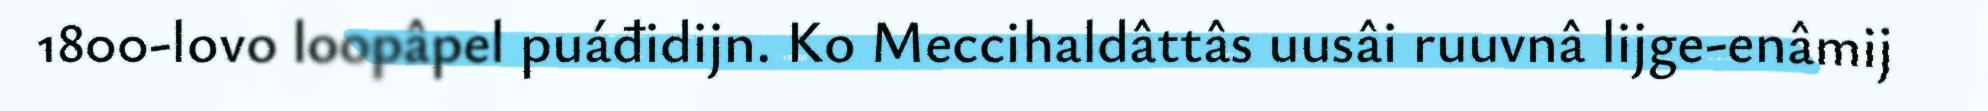
1800-lovo loopâpel puáđidijn. Ko Meccihaldâttâs uusâi ruuvnâ lijge-enâmij